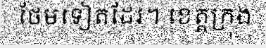
ថែមទៀតដែរ។ ខេត្តក្រុង